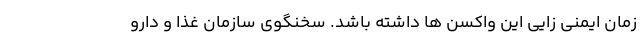
زمان ایمنی زایی این واکسن ها داشته باشد. سخنگوی سازمان غذا و دارو